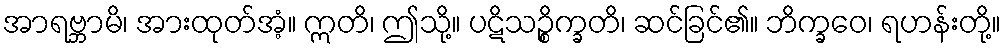
အာရဗ္ဘာမိ၊ အားထုတ်အံ့။ ဣတိ၊ ဤသို့။ ပဋိသဉ္စိက္ခတိ၊ ဆင်ခြင်၏။ ဘိက္ခဝေ၊ ရဟန်းတို့။